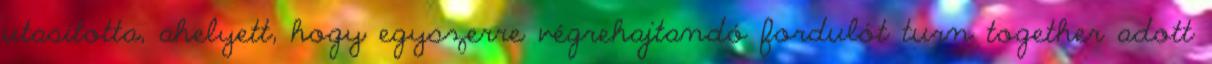
utasította, ahelyett, hogy egyszerre végrehajtandó fordulót turn together adott